Vaccination in the Punjab 1883-1896 - 1883-1896
Year: 1883
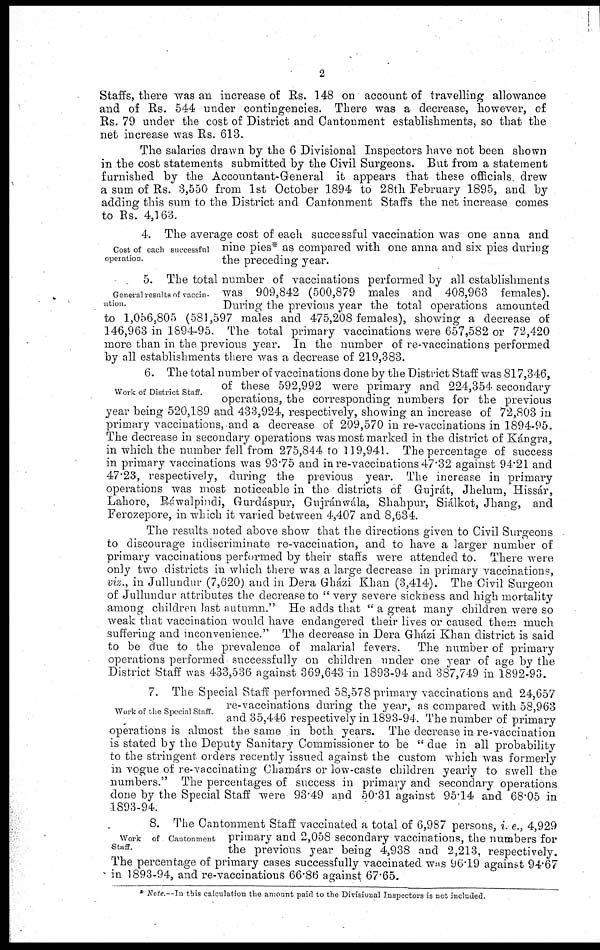
2
Staffs, there was an increase of Rs. 148 on account of travelling allowance
and of Rs. 544 under contingencies. There was a decrease, however, of
Rs. 79 under the cost of District and Cantonment establishments, so that the
net increase was Rs. 613.
The salaries drawn by the 6 Divisional Inspectors have not been shown
in the cost statements submitted by the Civil Surgeons. But from a statement
furnished by the Accountant-General it appears that these officials drew
a sum of Rs. 3,550 from 1st October 1894 to 28th February 1895, and by
adding this sum to the District and Cantonment Staffs the net increase comes
to Rs. 4,163.
Cost of each successful
operation.
4. The average cost of each successful vaccination was one anna and
nine pies* as compared with one anna and six pies during
the preceding year.
General results of vaccin-
ation.
5. The total number of vaccinations performed by all establishments
was 909,842 (500,879 males and 408,963 females).
During the previous year the total operations amounted
to 1,056,805 (581,597 males and 475,208 females), showing a decrease of
146,963 in 1894-95. The total primary vaccinations were 657,582 or 72,420
more than in the previous year. In the number of re-vaccinations performed
by all establishments there was a decrease of 219,383.
Work of District Staff.
6. The total number of vaccinations done by the District Staff was 817,346,
of these 592,992 were primary and 224,354 secondary
operations, the corresponding numbers for the previous
year being 520,189 and 433,924, respectively, showing an increase of 72,803 in
primary vaccinations, and a decrease of 209,570 in re-vaccinations in 1894-95.
The decrease in secondary operations was most marked in the district of Kángra,
in which the number fell from 275,844 to 119,941. The percentage of success
in primary vaccinations was 93.75 and in re-vaccinations 47.32 against 94.21 and
47.23, respectively, during the previous year. The increase in primary
operations was most noticeable in the districts of Gujrát, Jhelum, Hissár,
Lahore, Ráwalpindi, Gurdáspur, Gujránwála, Shahpur, Siálkot, Jhang, and
Ferozepore, in which it varied between 4,407 and 8,634.
The results noted above show that the directions given to Civil Surgeons
to discourage indiscriminate re-vaccination, and to have a larger number of
primary vaccinations performed by their staffs were attended to. There were
only two districts in which there was a large decrease in primary vaccinations,
viz., in Jullundur (7,620) and in Dera Gházi Khan (3,414). The Civil Surgeon
of Jullundur attributes the decrease to " very severe sickness and high mortality
among children last autumn." He adds that " a great many children were so
weak that vaccination would have endangered their lives or caused them much
suffering and inconvenience." The decrease in Dera Gházi Khan district is said
to be due to the prevalence of malarial fevers. The number of primary
operations performed successfully on children under one year of age by the
District Staff was 433,536 against 369,643 in 1893-94 and 387,749 in 1892-93.
Work of the Special Staff.
7. The Special Staff performed 58,578 primary vaccinations and 24,657
re-vaccinations during the year, as compared with 58,963
and 35,446 respectively in 1893-94. The number of primary
operations is almost the same in both years. The decrease in re-vaccination
is stated by the Deputy Sanitary Commissioner to be '' due in all probability
to the stringent orders recently issued against the custom which was formerly
in vogue of re-vaccinating Chamárs or low-caste children yearly to swell the
numbers." The percentages of success in primary and secondary operations
done by the Special Staff were 93.49 and 50.31 against 95.14 and 68.05 in
1893-94.
Work of Cantonment
Staff.
8. The Cantonment Staff vaccinated a total of 6,987 persons, i. e., 4,929
primary and 2,058 secondary vaccinations, the numbers for
the previous year being 4,938 and 2,213, respectively.
The percentage of primary cases successfully vaccinated was 96.19 against 94.67
in 1893-94, and re-vaccinations 66.86 against 67.65.
* Note.—In this calculation the amount paid to the Divisional Inspectors is not included.